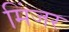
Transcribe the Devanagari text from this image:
मिंजर